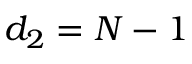
d _ { 2 } = N - 1